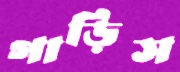
গাড়িস